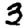
Digit: 3